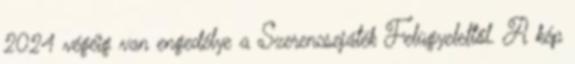
2024 végéig van engedélye a Szerencsejáték Felügyelettől. A kép